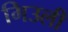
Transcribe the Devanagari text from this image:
गिउली